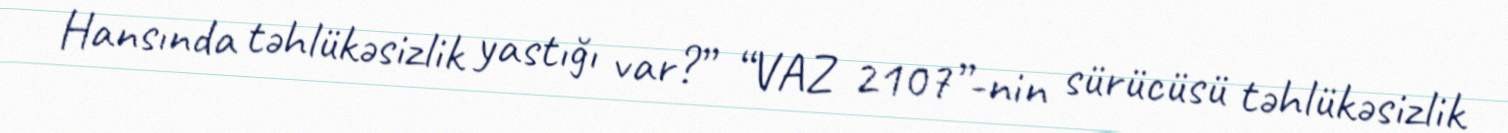
Hansında təhlükəsizlik yastığı var?” “VAZ 2107”-nin sürücüsü təhlükəsizlik